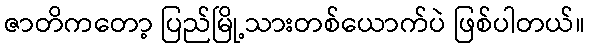
ဇာတိကတော့ ပြည်မြို့သားတစ်ယောက်ပဲ ဖြစ်ပါတယ်။